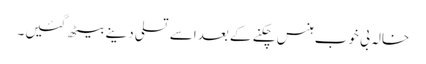
خالہ بی خوب ہنس چکنے کے بعداسے تسلی دینے بیٹھ گئیں۔